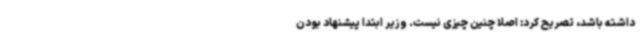
داشته باشد، تصریح کرد: اصلا چنین چیزی نیست. وزیر ابتدا پیشنهاد بودن